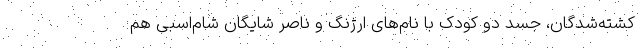
کشته‌شدگان، جسد دو کودک با نام‌های ارژنگ و ناصر شایگان شام‌اسبی هم